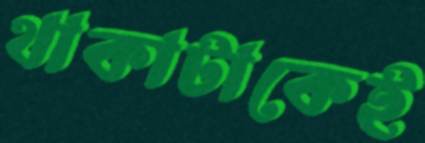
থাকাটাকেই